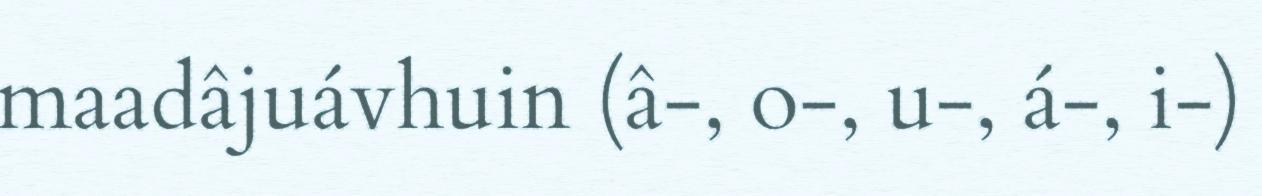
maadâjuávhuin (â-, o-, u-, á-, i-)